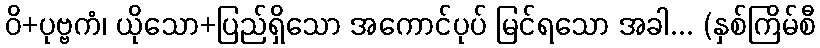
ဝိ+ပုဗ္ဗကံ၊ ယိုသော+ပြည်ရှိသော အကောင်ပုပ် မြင်ရသော အခါ... (နှစ်ကြိမ်စီ